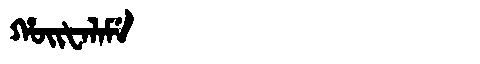
Manchu: ᡥᠣᡳᡶᠠᠯᠠᠮᡝ
Romanization: HOIFALAME